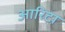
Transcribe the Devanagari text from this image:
आरिटा